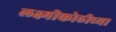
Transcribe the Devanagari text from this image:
लक्ष्मीकोठीच्या